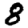
Digit: 8